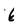
Character: 6